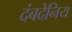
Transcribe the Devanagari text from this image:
दंबदेनिय